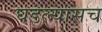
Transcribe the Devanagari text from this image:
घडल्यासच